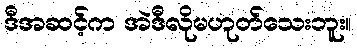
ဒီအဆင့်က အဲဒီလိုမဟုတ်သေးဘူး။